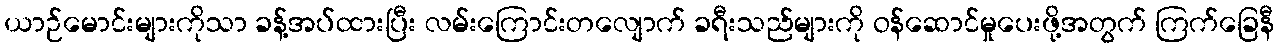
ယာဉ်မောင်းများကိုသာ ခန့်အပ်ထားပြီး လမ်းကြောင်းတလျောက် ခရီးသည်များကို ဝန်ဆောင်မှုပေးဖို့အတွက် ကြက်ခြေနီ